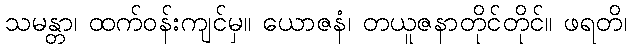
သမန္တာ၊ ထက်ဝန်းကျင်မှ။ ယောဇနံ၊ တယူဇနာတိုင်တိုင်။ ဖရတိ၊